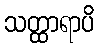
သတ္ထာရာပိ